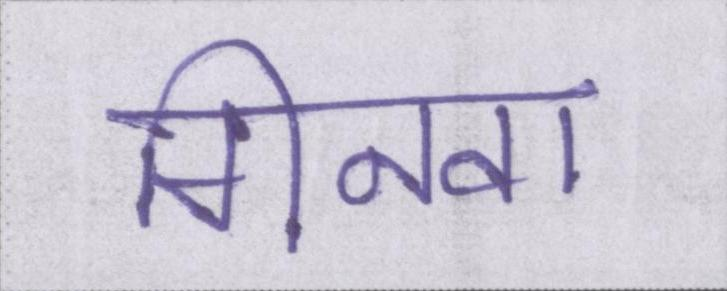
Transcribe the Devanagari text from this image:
गिनवा